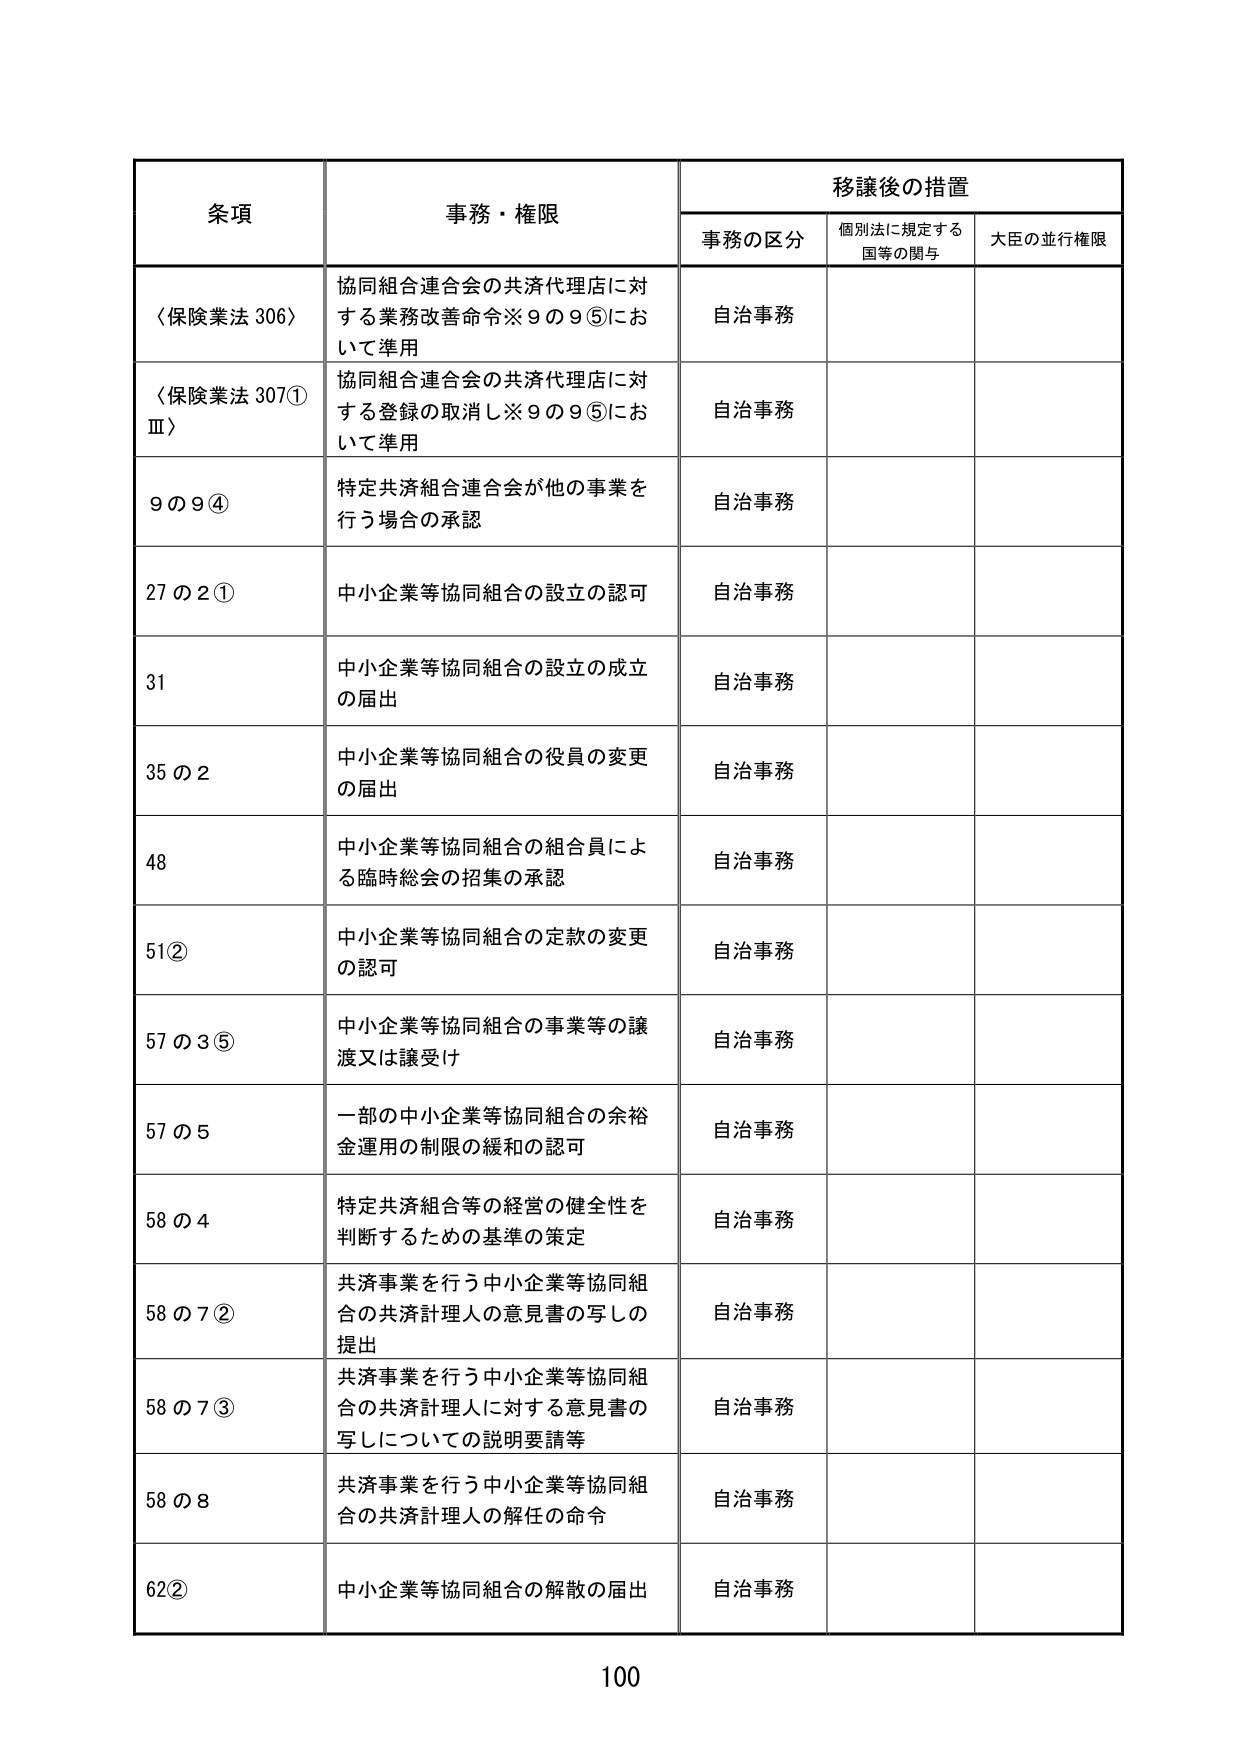
条項 事務・権限 移譲後の措置
事務の区分 個別法に規定する国等の関与 大臣の並行権限
〈保険業法 306〉 協同組合連合会の共済代理店に対する業務改善命令※9の9⑤において準用 自治事務
〈保険業法 307①Ⅲ〉 協同組合連合会の共済代理店に対する登録の取消し※9の9⑤において準用 自治事務
9の9④ 特定共済組合連合会が他の事業を行う場合の承認 自治事務
27の2① 中小企業等協同組合の設立の認可 自治事務
31 中小企業等協同組合の設立の成立の届出 自治事務
35の2 中小企業等協同組合の役員の変更の届出 自治事務
48 中小企業等協同組合の組合員による臨時総会の招集の承認 自治事務
51② 中小企業等協同組合の定款の変更の認可 自治事務
57の3⑤ 中小企業等協同組合の事業等の譲渡又は譲受け 自治事務
57の5 一部の中小企業等協同組合の余裕金運用の制限の緩和の認可 自治事務
58の4 特定共済組合等の経営の健全性を判断するための基準の策定 自治事務
58の7② 共済事業を行う中小企業等協同組合の共済計理人の意見書の写しの提出 自治事務
58の7③ 共済事業を行う中小企業等協同組合の共済計理人に対する意見書の写しについての説明要請等 自治事務
58の8 共済事業を行う中小企業等協同組合の共済計理人の解任の命令 自治事務
62② 中小企業等協同組合の解散の届出 自治事務
100